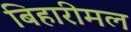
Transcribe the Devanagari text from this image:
बिहारीमल